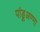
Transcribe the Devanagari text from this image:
पांडूअण्णा